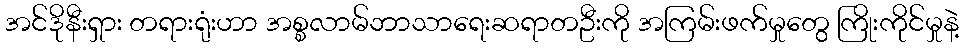
အင်ဒိုနီးရှား တရားရုံးဟာ အစ္စလာမ်ဘာသာရေးဆရာတဦးကို အကြမ်းဖက်မှုတွေ ကြိုးကိုင်မှုနဲ့